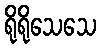
ရိုရိုသေသေ